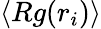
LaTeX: \left\langle Rg(r_{i})\right\rangle